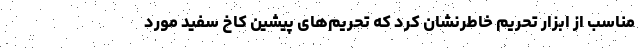
مناسب از ابزار تحریم خاطرنشان کرد که تحریم‌های پیشین کاخ سفید مورد